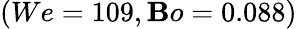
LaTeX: (We=109,\mathbf{B}o=0.088)